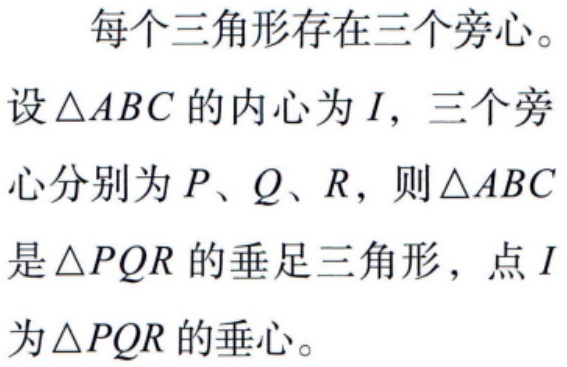
每个三角形存在三个旁心。
设\(\triangle ABC\)的内心为\(I\)，三个旁心分别为\(P\)、\(Q\)、\(R\)，则\(\triangle ABC\)是\(\triangle PQR\)的垂足三角形，点\(I\)为\(\triangle PQR\)的垂心。